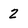
Character: 2